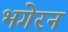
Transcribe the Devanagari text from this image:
भगेरन